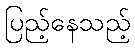
ပြည့်နေသည့်